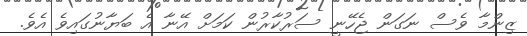
ޒިންމާ ވެސް ނަގަން ޖެހޭނީ ސަރުކާރުން ކަމަށް އޭނާ އެ ބަޔާނުގައިވެ އެވެ.